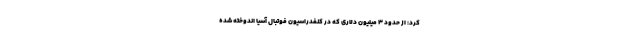
کرد: از حدود ۳ میلیون دلاری که در کنفدراسیون فوتبال آسیا اندوخته شده